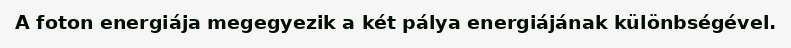
A foton energiája megegyezik a két pálya energiájának különbségével.